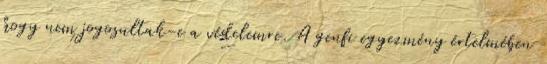
hogy nem jogosultak-e a védelemre. A genfi egyezmény értelmében